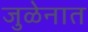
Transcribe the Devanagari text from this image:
जुळेनात